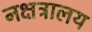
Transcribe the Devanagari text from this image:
नक्षत्रालय